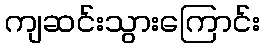
ကျဆင်းသွားကြောင်း